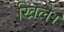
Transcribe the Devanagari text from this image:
खिले।